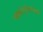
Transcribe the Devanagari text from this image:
प्फ्लांट्सेनराइख़